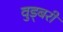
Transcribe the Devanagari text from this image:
वुड्बरी